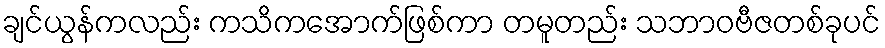
ချင်ယွန်ကလည်း ကသိကအောက်ဖြစ်ကာ တမူတည်း သဘာဝဗီဇတစ်ခုပင်